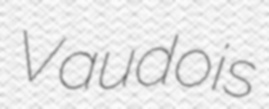
Vaudois